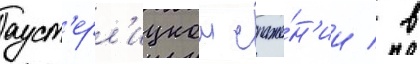
ауст'ерл'ицком сраже́н'ии / в